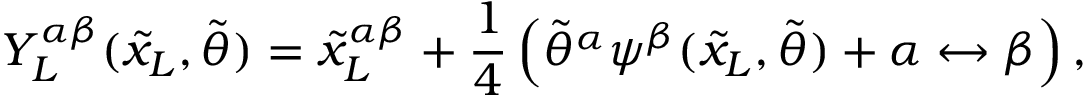
Y _ { L } ^ { \alpha \beta } ( { \tilde { x } _ { L } } , { \tilde { \theta } } ) = { { \tilde { x } _ { L } } ^ { \alpha \beta } } + \frac { 1 } { 4 } \left( { { \tilde { \theta } } ^ { \alpha } } \psi ^ { \beta } ( { \tilde { x } _ { L } } , { \tilde { \theta } } ) + \alpha \leftrightarrow \beta \right) ,